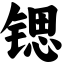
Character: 锶